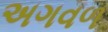
અગવળ